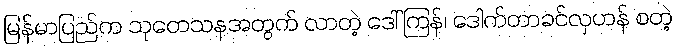
မြန်မာပြည်က သုတေသနအတွက် လာတဲ့ ဒေါ်ကြန်၊ ဒေါက်တာခင်လှဟန် စတဲ့